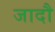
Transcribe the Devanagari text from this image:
जादौ